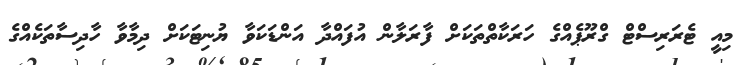
މިއީ ޓެރަރިސްޓް ގްރޫޕެއްގެ ހަރަކާތްތަކަށް ފާރަލާން އުފައްދާ އަންޑަކަވާ ޔުނިޓަކަށް ދިމާވާ ހާދިސާތަކެއްގެ